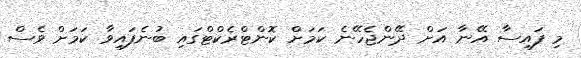
މި ފައިސާ އޭނާ އަށް ދޭންޖެހޭނެ ކަމަށް ކޮންޓްރެކްޓްގައި ބުނެފައިވާ ކަމަށް ވެސް